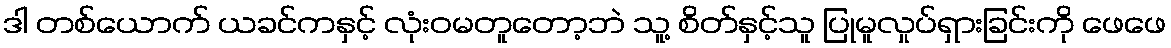
ဒါ တစ်ယောက် ယခင်ကနှင့် လုံးဝမတူတော့ဘဲ သူ့ စိတ်နှင့်သူ ပြုမူလှုပ်ရှားခြင်းကို ဖေဖေ